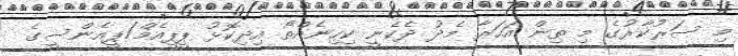
މި ސަރުކާރުގެ މި ތިން އަހަރާ މެދު ދެކެނީ ކިހިނެއްތޯ އިދިކޮޅު ޕީޕީއެމް/ޕީއެންސީގެ